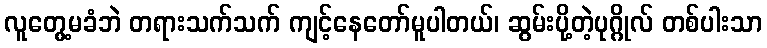
လူတွေ့မခံဘဲ တရားသက်သက် ကျင့်နေတော်မူပါတယ်၊ ဆွမ်းပို့တဲ့ပုဂ္ဂိုလ် တစ်ပါးသာ